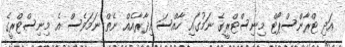
އަދި ޓްރާންސްޕޯޓް މިނިސްޓްރީގެ ނަމުގައި ހާއްސަ އިދާރާއެއް ނެތް ނަމަވެސް އެ މިނިސްޓްރީގެ